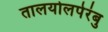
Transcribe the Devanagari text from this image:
तालयोलपेरंबु